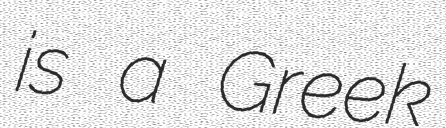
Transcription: is a Greek